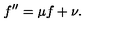
f ^ { \prime \prime } = \mu f + \nu .